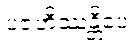
ပဇဟိဿန္တိပေ